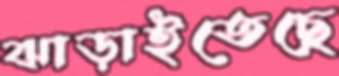
ঝাড়াইতেছে